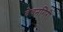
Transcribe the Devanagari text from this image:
देवनगिरी